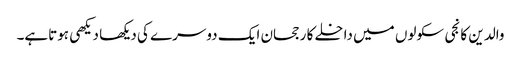
والدین کا نجی سکولوں میں داخلے کا رجحان ایک دوسرے کی دیکھا دیکھی ہوتاہے۔